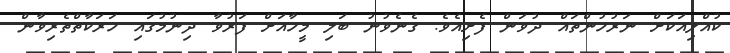
ކުއްލިއަކަށް ނަރުހުންތައް ދުވަން ފެށިއެވެ. ގެނެވުނު ބަލި މީހާއަށް ފަރުވާ ދިނުމުގައި ހަރަކާތްތެރިވާން